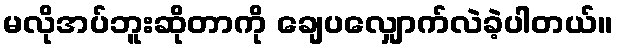
မလိုအပ်ဘူးဆိုတာကို ချေပလျှောက်လဲခဲ့ပါတယ်။